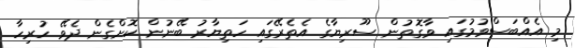
މި އެއްބަސްވުމުގައި ވާގޮތުން ސޫރިޔާގެ އެތެރޭގައި ހަތިޔާރު ބޭނުން ކޮށްގެން ދެވޭ ހުރިހާ